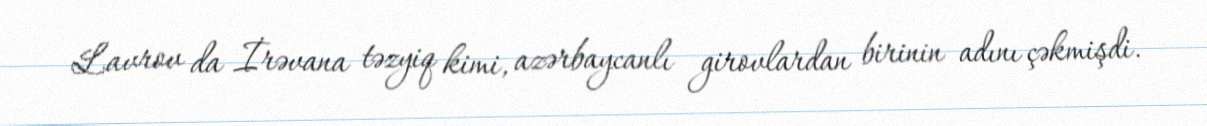
Lavrov da İrəvana təzyiq kimi, azərbaycanlı girovlardan birinin adını çəkmişdi.